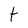
Character: t